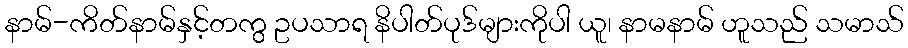
နာမ်-ကိတ်နာမ်နှင့်တကွ ဥပသာရ နိပါတ်ပုဒ်များကိုပါ ယူ၊ နာမနာမ် ဟူသည် သမာသ်